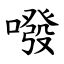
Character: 㗶